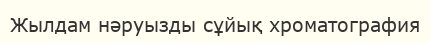
Жылдам нәруызды сұйық хроматография